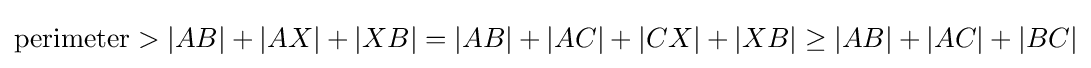
{\text{perimeter}}>|AB|+|AX|+|XB|=|AB|+|AC|+|CX|+|XB|\geq |AB|+|AC|+|BC|